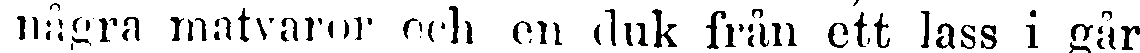
några matvaror och en duk från ett lass i går